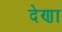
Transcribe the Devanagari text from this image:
देणा